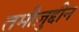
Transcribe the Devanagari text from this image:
तमीज़ुद्दीन